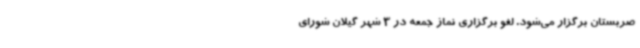
صربستان برگزار می‌شود. لغو برگزاری نماز جمعه در 3 شهر گیلان شورای